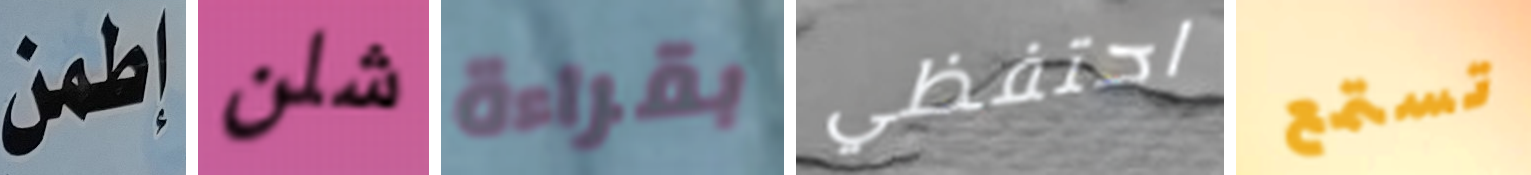
إطمن شلن بقراءة احتفظي تستمع